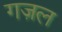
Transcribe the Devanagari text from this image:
गज़ल